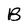
Character: B